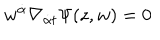
w ^ { { \dot { \alpha } } } \nabla _ { { \dot { \alpha } } t } \Psi ( z , w ) = 0